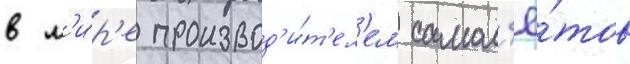
в м'и́р'е производ'и́т'ел'ем самол'ё́тов